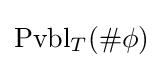
\operatorname {Pvbl} _{T}(\#\phi )